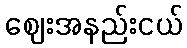
ဈေးအနည်းငယ်